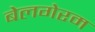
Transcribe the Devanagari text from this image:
बेलगेरम